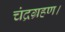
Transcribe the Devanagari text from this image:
चंद्रग्रहण।